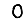
Digit: 0